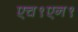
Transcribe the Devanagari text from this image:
एच१एन१